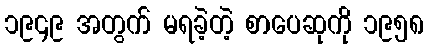
၁၉၄၉ အတွက် မရခဲ့တဲ့ စာပေဆုကို ၁၉၅၈